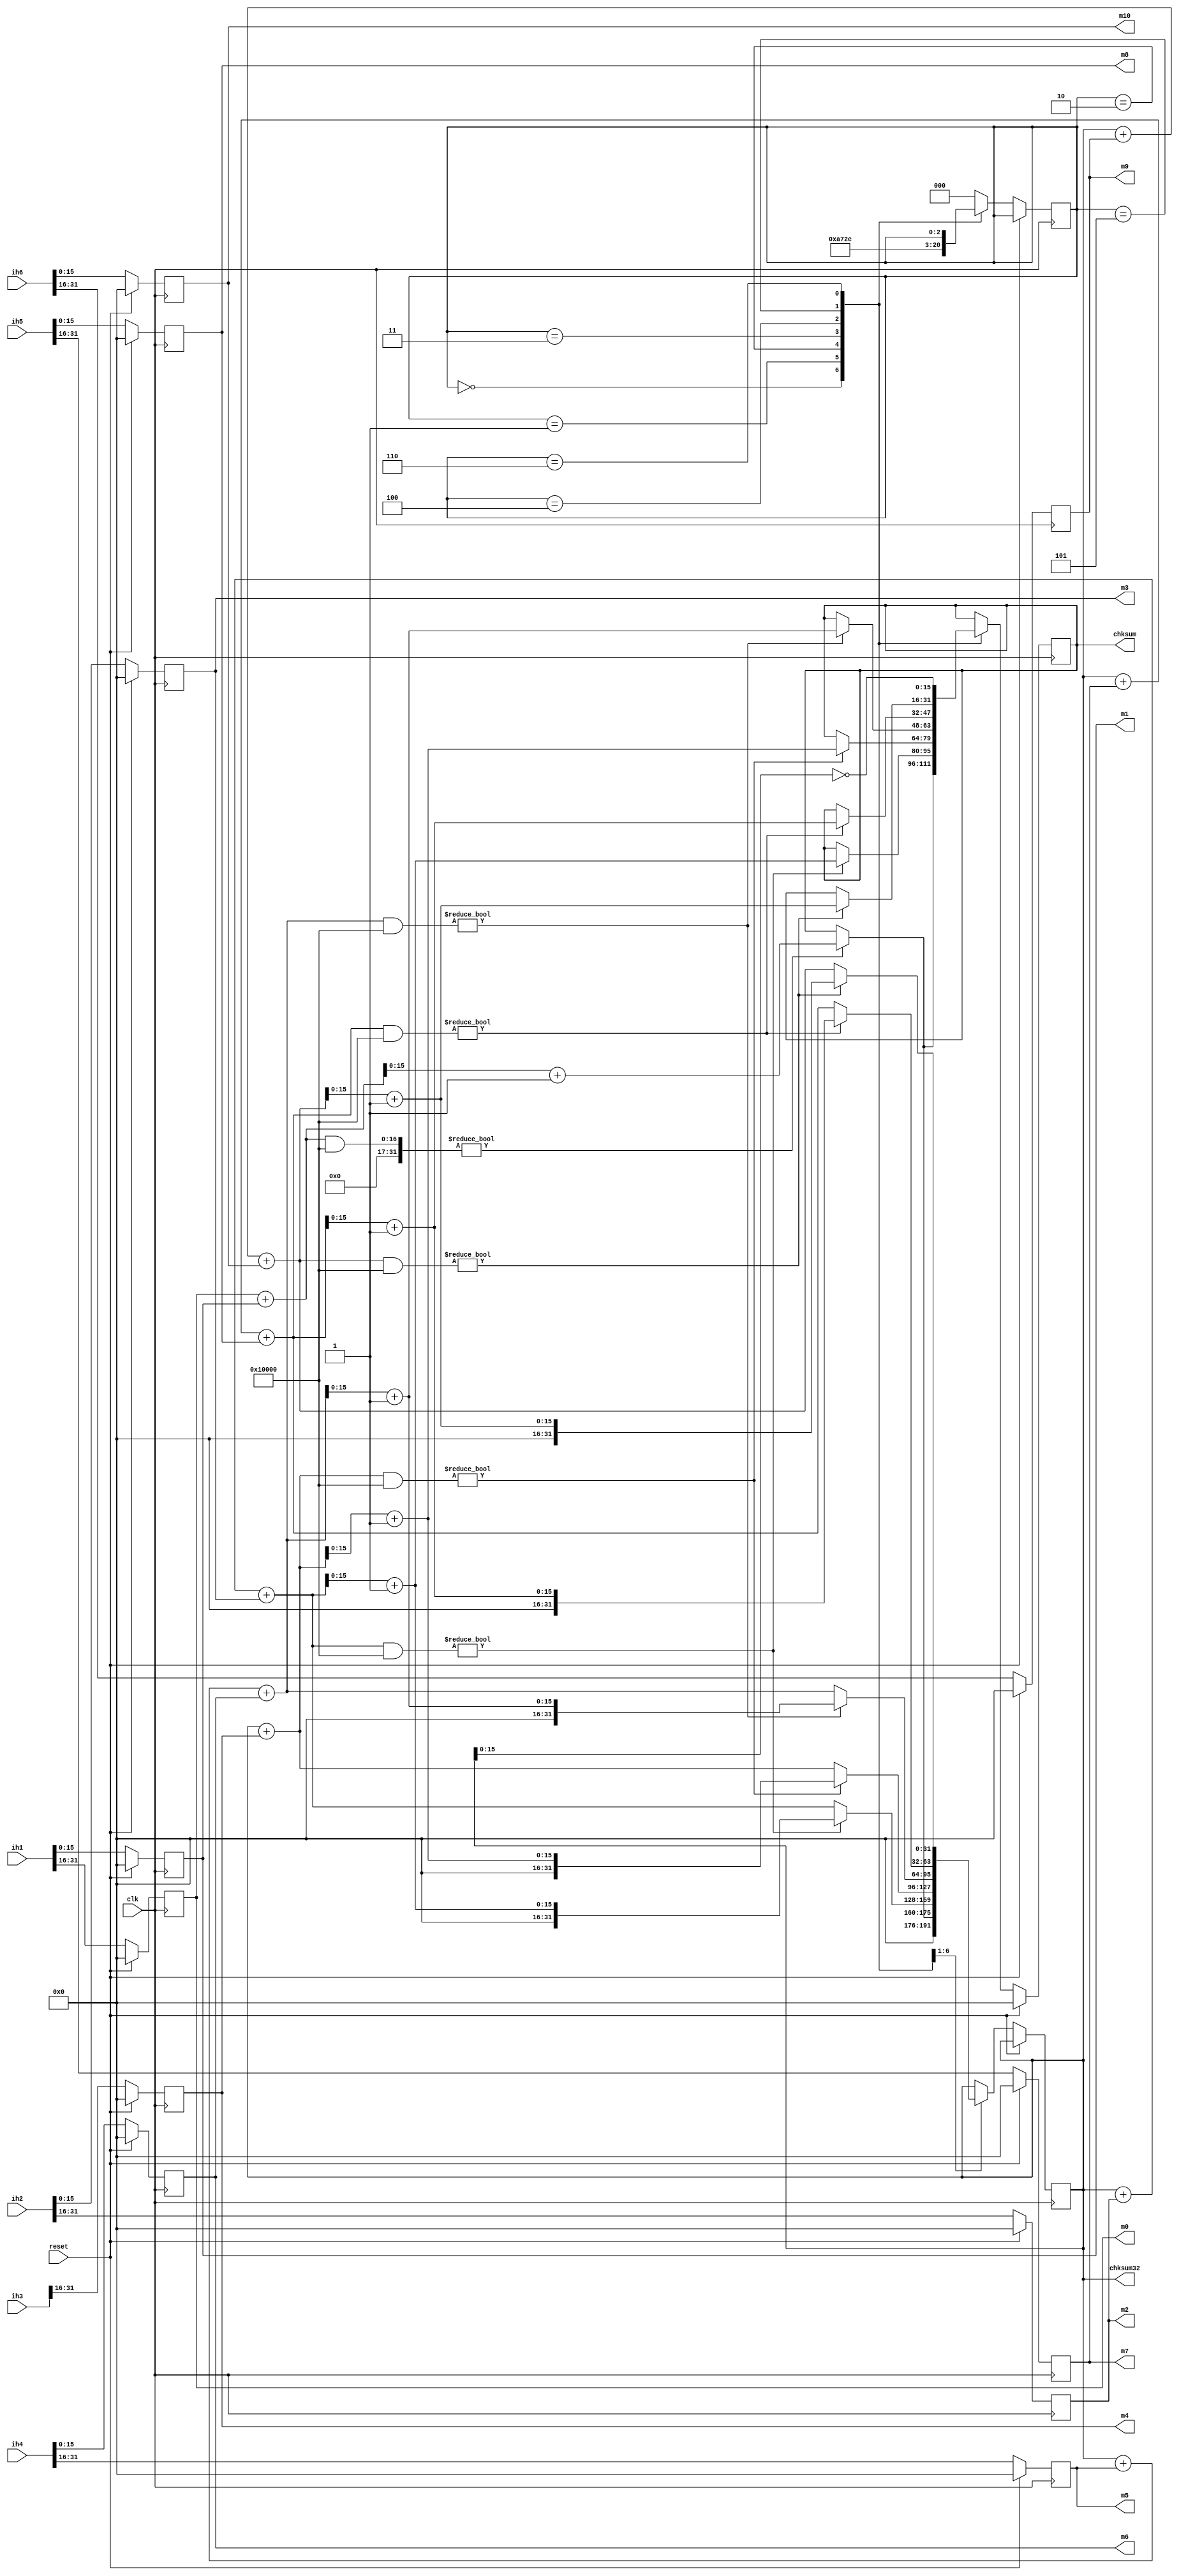
`timescale 1us / 1ns
//////////////////////////////////////////////////////////////////////////////////
// Company: 
// Engineer: 
// 
// Design Name: 
// Module Name: chksum1
// Project Name: 
// Target Devices: 
// Tool Versions: 
// Description: 
// 
// Dependencies: 
// 
// Revision:
// Revision 0.01 - File Created
// Additional Comments:
// 
//////////////////////////////////////////////////////////////////////////////////


module chksum2(chksum,chksum32,clk,reset,ih1,ih2,ih3,ih4,ih5,ih6,m0,m1,m2,m3,m4,m5,m6,m7,m8,m9,m10);

input [31:0] ih1,ih2,ih3,ih4,ih5,ih6;
input clk;
input  reset;
output reg [15:0] chksum;
output reg[15:0]m0,m1,m2,m3,m4,m5,m6,m7,m8,m9,m10;
output reg [31:0] chksum32=0;

always @(posedge clk  )
if (reset)
begin
m0[15:0] = 16'b0;
 m1[15:0] = 16'b0;
m2[15:0] = 16'b0;

 m3[15:0] = 16'b0;

 m4[15:0] = 16'b0;

m5[15:0] = 16'b0;

m6[15:0] = 16'b0;

 m7[15:0] = 16'b0;

m8[15:0] = 16'b0;

m9[15:0] = 16'b0;

 m10[15:0]  = 16'b0;
end
else

begin

m0[15:0] <= ih1[31:16];
 m1[15:0] <= ih1[15:0];
m2[15:0] <= ih2[31:16];

 m3[15:0]<= ih2[15:0];

 m4[15:0] <= ih3[31:16];

m5[15:0] <= ih4[31:16];

m6[15:0] <= ih4[15:0];

 m7[15:0] <= ih5[31:16];

m8[15:0] <= ih5[15:0];

m9[15:0] <= ih6[31:16];

 m10[15:0] <= ih6[15:0];

end
parameter s0=0;
parameter s1=1;
parameter s2=2;
parameter s3=3;
parameter s4=4;
parameter s5=5;
parameter s6=6;

reg [2:0] state;


always @(posedge clk)
if (reset)
chksum=0;

else
begin

case(state)

s0: begin 
      chksum32 = m0+m1;
      if(chksum32 & 17'h10000)
      begin
      chksum32 = chksum32 + 1;
      chksum=chksum32;
      chksum32[31:0]={16'b0,chksum[15:0]};
     end
      else
      chksum32 = chksum;
    state = s1;
    end

s1: begin 
          chksum32 = chksum32+m2+m3;
         if(chksum32 & 17'h10000)
               begin
               chksum32 = chksum32 + 1;
               chksum=chksum32;
               chksum32[31:0]={16'b0,chksum[15:0]};
               end
          
          else
          chksum32 = chksum32;
        state = s2;
        end 
        
s2: begin 
              chksum32 = chksum32+m4;
              if(chksum32 & 17'h10000)
                   begin
                   chksum32 = chksum32 + 1;
                   chksum=chksum32;
                   chksum32[31:0]={16'b0,chksum[15:0]};
                  end
              else
              chksum32 = chksum32;
            state = s3;
            end
            
s3: begin 
                  chksum32 = chksum32+m5+m6;
                  if(chksum32 & 17'h10000)
                       begin
                       chksum32 = chksum32 + 1;
                       chksum=chksum32;
                       chksum32[31:0]={16'b0,chksum[15:0]};
                      end
                  else
                  chksum32 = chksum32;
                state = s4;
                end            
       
        
s4: begin 
                      chksum32 = chksum32+m7+m8;
                     if(chksum32 & 17'h10000)
                           begin
                           chksum32 = chksum32 + 1;
                           chksum=chksum32;
                           chksum32[31:0]={16'b0,chksum[15:0]};
                          end
                      else
                      chksum32 = chksum32;
                    state = s5;
                    end        
s5: begin 

                          chksum32 = chksum32+m9+m10;
                       if(chksum32 & 17'h10000)
                               begin
                               chksum32 = chksum32 + 1;
                               chksum=chksum32;
                               chksum32[31:0]={16'b0,chksum[15:0]};
                              end
                          else
                          chksum32 = chksum32;
                        state = s6;
                        end
s6: begin 
                              chksum = chksum32;
                              chksum = ~chksum;
                            end                                
        
default: state = s0;

endcase
end
endmodule